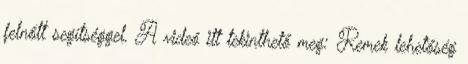
felnőtt segítséggel. A videó itt tekinthető meg: Remek lehetőség